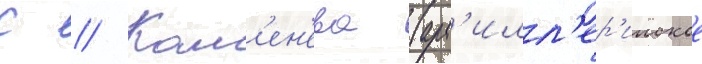
С // Кам'ен'ева (арт'илл'ер'ииское